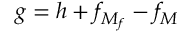
g = h + f _ { M _ { f } } - f _ { M }